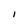
Character: i